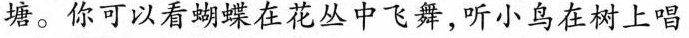
塘。你可以看蝴蝶在花丛中飞舞，听小鸟在树上唱